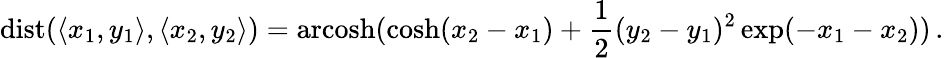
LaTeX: \operatorname{dist}(\langle x_{1},y_{1}\rangle,\langle x_{2},y_{2}\rangle)=\operatorname{arcosh}(\cosh(x_{2}-x_{1})+{\frac{1}{2}}(y_{2}-y_{1})^{2}\exp(-x_{1}-x_{2}))\, .